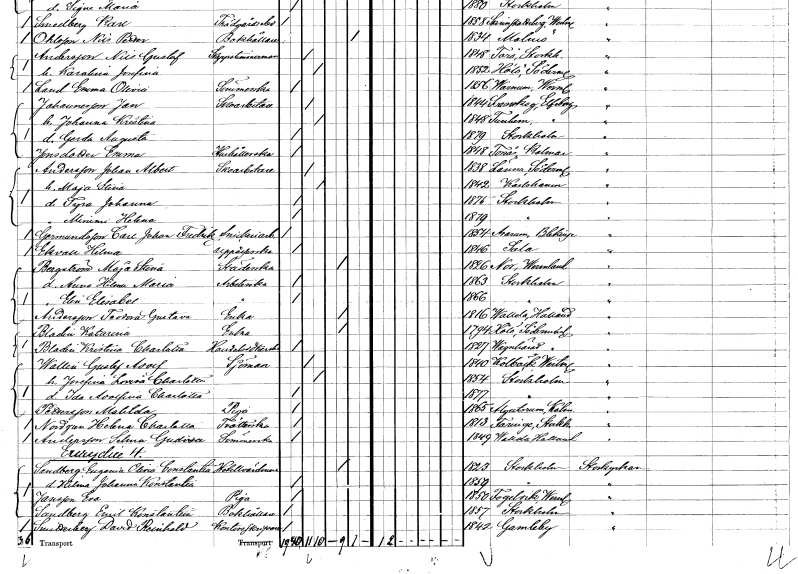
gt_parse: households: individuals: FN: Johan Albert
EN: Andersson
YRKE: Skoarbetare
KON: M
CIV: G
FODAR: 1838
FODFORS: Länna Södermanlands län
FN: Maja Stina
KON: K
CIV: G
FODAR: 1842
FODFORS: Karlshamn Blekinge län
FN: Tyra Johanna
KON: K
CIV: O
FODAR: 1875
FODFORS: Stockholm
FN: Mimmi Helena
KON: K
CIV: O
FODAR: 1879
FODFORS: Stockholm
FN: Carl Johan Fredrik
EN: Germundsson
YRKE: Snickeriarbetare
KON: M
CIV: O
FODAR: 1854
FODFORS: Asarum Blekinge län
FN: Hilma
EN: Ekvall
YRKE: Uppasserska
KON: K
CIV: O
FODAR: 1846
FODFORS: Sala Västmanlands län
FN: Maja Stina
EN: Bergström
YRKE: Städerska
KON: K
CIV: E
FODAR: 1826
FODFORS: Nor Värmlands län
FN: Anna Hilma Maria
YRKE: Arbeterska
KON: K
CIV: O
FODAR: 1863
FODFORS: Stockholm
FN: Elin Elisabet
KON: K
CIV: O
FODAR: 1866
FODFORS: Stockholm
FN: Teodora Gustava
EN: Andersson
YRKE: Änka
KON: K
CIV: E
FODAR: 1819
FODFORS: Vallda Hallands län
FN: Katarina
EN: Bladin
YRKE: Änka
KON: K
CIV: E
FODAR: 1794
FODFORS: Hölö Stockholms län
FN: Kristina Charlotta
EN: Bladin
YRKE: Handelsidkerska
KON: K
CIV: O
FODAR: 1827
FODFORS: Vagnhärad Södermanlands län
FN: Gustaf Adolf
EN: Wallin
YRKE: Sjöman
KON: M
CIV: G
FODAR: 1840
FODFORS: Kolbäck Västmanlands län
FN: Josefina Lovisa Charlotta
KON: K
CIV: G
FODAR: 1854
FODFORS: Stockholm
FN: Ida Adolfina Charlotta
KON: K
CIV: O
FODAR: 1877
FODFORS: Stockholm
FN: Matilda
EN: Pettersson
YRKE: Piga
KON: K
CIV: O
FODAR: 1865
FODFORS: Algutsrum Kalmar län
FN: Helena Charlotta
EN: Nordgren
YRKE: Tvätterska
KON: K
CIV: O
FODAR: 1813
FODFORS: Faringe Uppsala län
FN: Selma Gudiva
EN: Andersson
YRKE: Sömmerska
KON: K
CIV: O
FODAR: 1849
FODFORS: Vallda Hallands län
FN: Eugenia Olivia Constantia
EN: Sandberg
YRKE: Hotellvärdinna
KON: K
CIV: E
FODAR: 1823
FODFORS: Stockholm
FN: Hilma Johanna Konstantia
KON: K
CIV: O
FODAR: 1859
FODFORS: Stockholm
FN: Eva
EN: Jansson
YRKE: Piga
KON: K
CIV: O
FODAR: 1850
FODFORS: Fogelvik Värmlands län
FN: Emil Konstantin
EN: Sandberg
YRKE: Bokhållare
KON: M
CIV: O
FODAR: 1857
FODFORS: Stockholm
FN: David Reinhold
EN: Snitterberg
YRKE: Kontorsskrivare
KON: M
CIV: O
FODAR: 1842
FODFORS: Gamleby Kalmar län